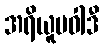
အရိယူပဝါဒီ